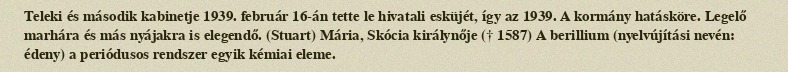
Teleki és második kabinetje 1939. február 16-án tette le hivatali esküjét, így az 1939. A kormány hatásköre. Legelő marhára és más nyájakra is elegendő. (Stuart) Mária, Skócia királynője († 1587) A berillium (nyelvújítási nevén: édeny) a periódusos rendszer egyik kémiai eleme.